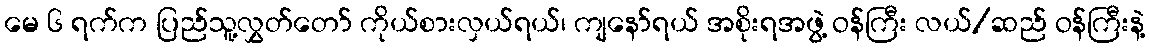
မေ ၆ ရက်က ပြည်သူ့လွှတ်တော် ကိုယ်စားလှယ်ရယ်၊ ကျနော်ရယ် အစိုးရအဖွဲ့ ဝန်ကြီး လယ်/ဆည် ဝန်ကြီးနဲ့